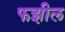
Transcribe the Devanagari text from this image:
फझील